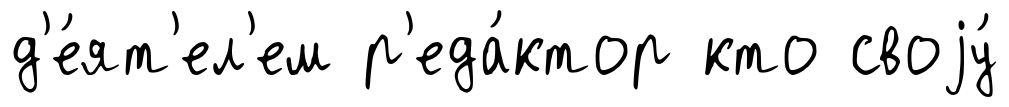
д'е́ят'ел'ем р'еда́ктор кто своjу́